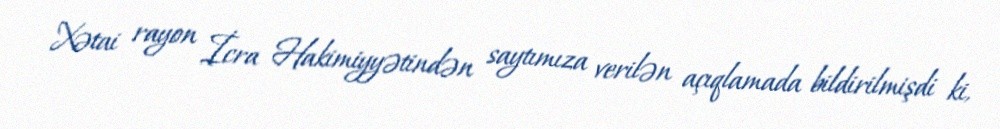
Xətai rayon İcra Hakimiyyətindən saytımıza verilən açıqlamada bildirilmişdi ki,